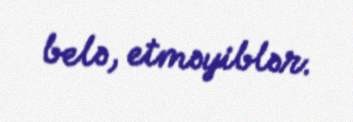
belə, etməyiblər.